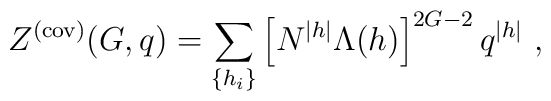
Z^{(\rm cov)}(G,q) =\sum_{\{h_i\}} \left[ N^{|h|} \Lambda(h) \right]^{2G-2}q^{|h|}~,